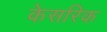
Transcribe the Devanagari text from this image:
केसरिक